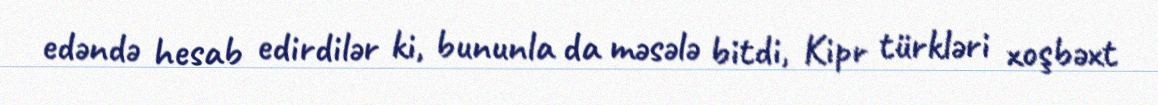
edəndə hesab edirdilər ki, bununla da məsələ bitdi, Kipr türkləri xoşbəxt